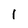
Character: 1